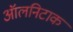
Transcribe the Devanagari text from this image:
ऑलनिटाक